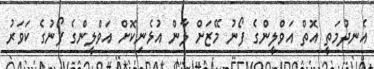
އެނދުމަތީ އޮތް އަވްލީންގެ ފޯނު މޭޒަށް ލާން އުޅެނިކޮށް އަވްލީންގެ ފޯނުގެ ކަވަރު